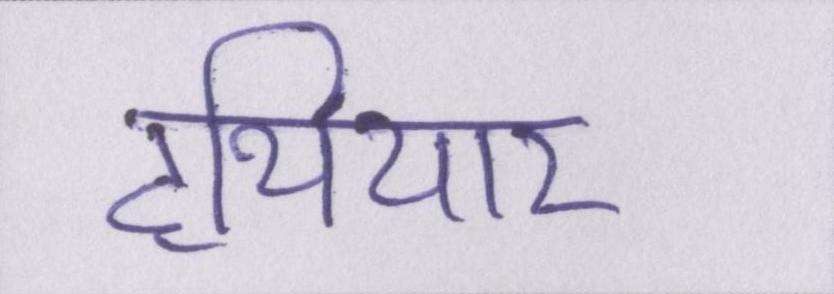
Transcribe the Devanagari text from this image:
हथियार